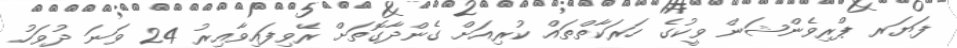
ފަޔަރ ޕްރިވެންޝަން ވީކުގެ ހަރަކާތްތައް ކުރިއަށް ގެންދާގޮތަށް ރޭވިފައިވާއިރު 24 ވަނަ ދުވަހު